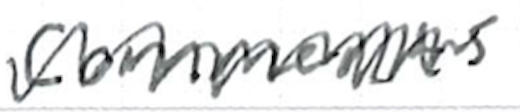
Text: comments
Cross-out: zig-zag
Writing tool: ballpoint